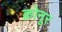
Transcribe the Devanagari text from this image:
क्रोनूर